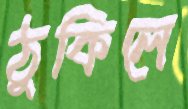
ঠুকিলে